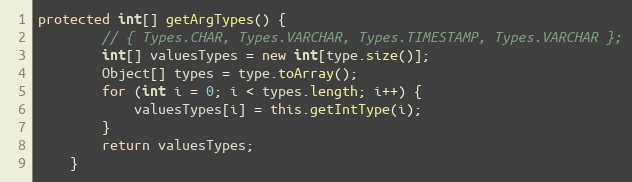
Language: Java
protected int[] getArgTypes() {
		// { Types.CHAR, Types.VARCHAR, Types.TIMESTAMP, Types.VARCHAR };
		int[] valuesTypes = new int[type.size()];
		Object[] types = type.toArray();
		for (int i = 0; i < types.length; i++) {
			valuesTypes[i] = this.getIntType(i);
		}
		return valuesTypes;
	}